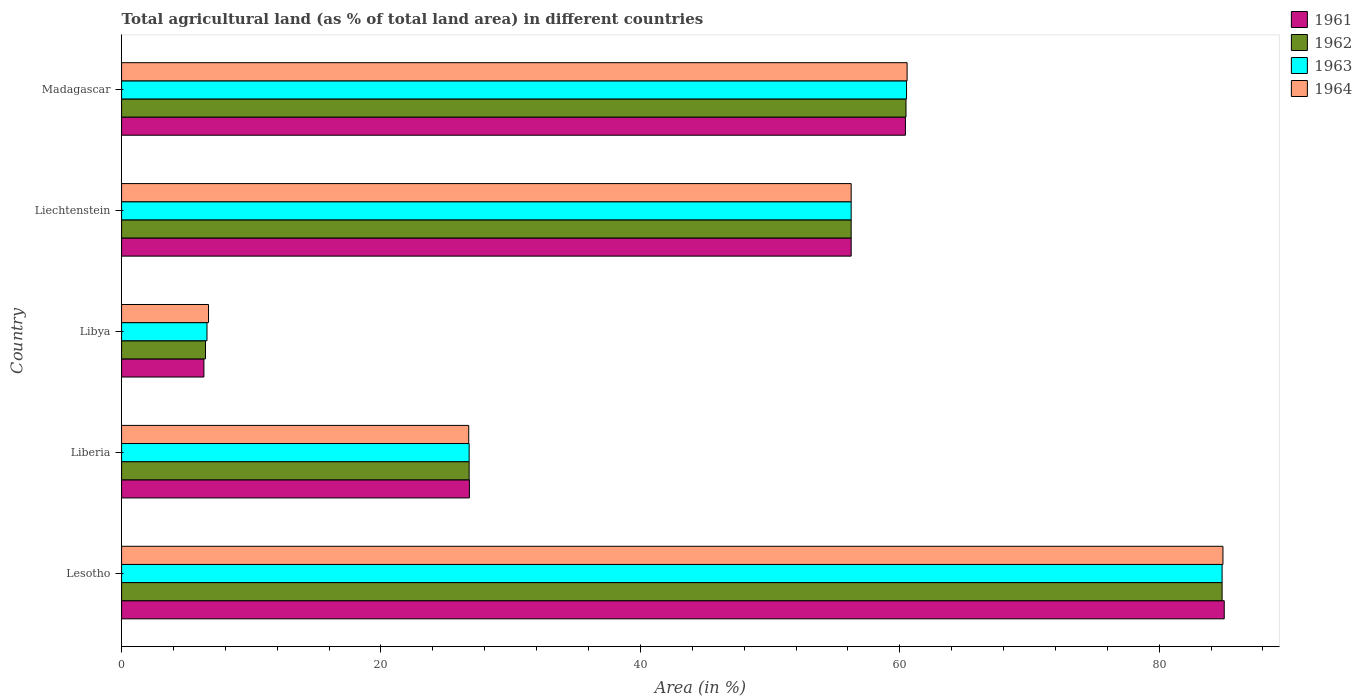
| Country | 1961 | 1962 | 1963 | 1964 |
 | --- | --- | --- | --- | --- |
 | Lesotho | 85 | 84.8 | 84.8 | 84.9 |
 | Liberia | 26.8 | 26.8 | 26.8 | 26.8 |
 | Libya | 6.35 | 6.47 | 6.58 | 6.7 |
 | Liechtenstein | 56.2 | 56.2 | 56.2 | 56.2 |
 | Madagascar | 60.4 | 60.5 | 60.5 | 60.6 |